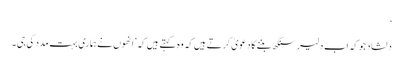
‘
دلشاد جو کہ اب دلیر سنگھ بننے کا دعویٰ کرتے ہیں کہ وہ کہتے ہیں کہ ’انھوں نے ہماری بہت مدد کی جی۔